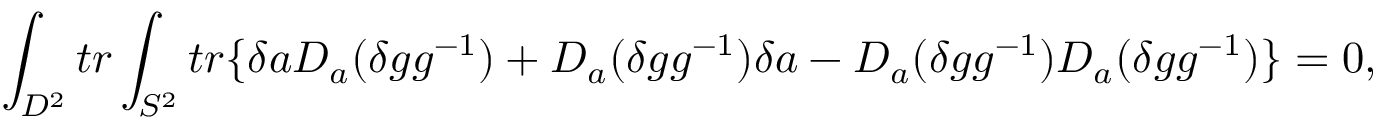
\int _ { D ^ { 2 } } t r \int _ { S ^ { 2 } } t r \{ \delta a D _ { a } ( \delta g g ^ { - 1 } ) + D _ { a } ( \delta g g ^ { - 1 } ) \delta a - D _ { a } ( \delta g g ^ { - 1 } ) D _ { a } ( \delta g g ^ { - 1 } ) \} = 0 ,